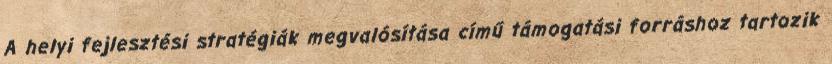
A helyi fejlesztési stratégiák megvalósítása című támogatási forráshoz tartozik